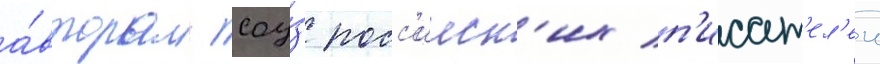
а́вторам соу́з росс'ииск'их п'исат'ел'еи